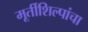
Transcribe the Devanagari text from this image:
मूर्तीशिल्पांचा